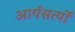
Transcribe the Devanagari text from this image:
आर्यसत्यों